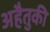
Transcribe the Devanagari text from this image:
अहैतुकी